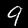
Label: 9